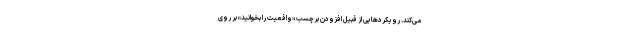
می‌کند. رویکردهایی از قبیل افزودن برچسب «واقعیت را بخوانید» بر روی